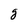
Character: g